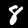
Digit: 8